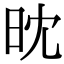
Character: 𣅟